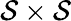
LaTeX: \mathcal{S}\times\mathcal{S}